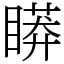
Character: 䁳